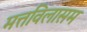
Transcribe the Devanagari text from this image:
मत्तविलासम